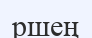
ршең